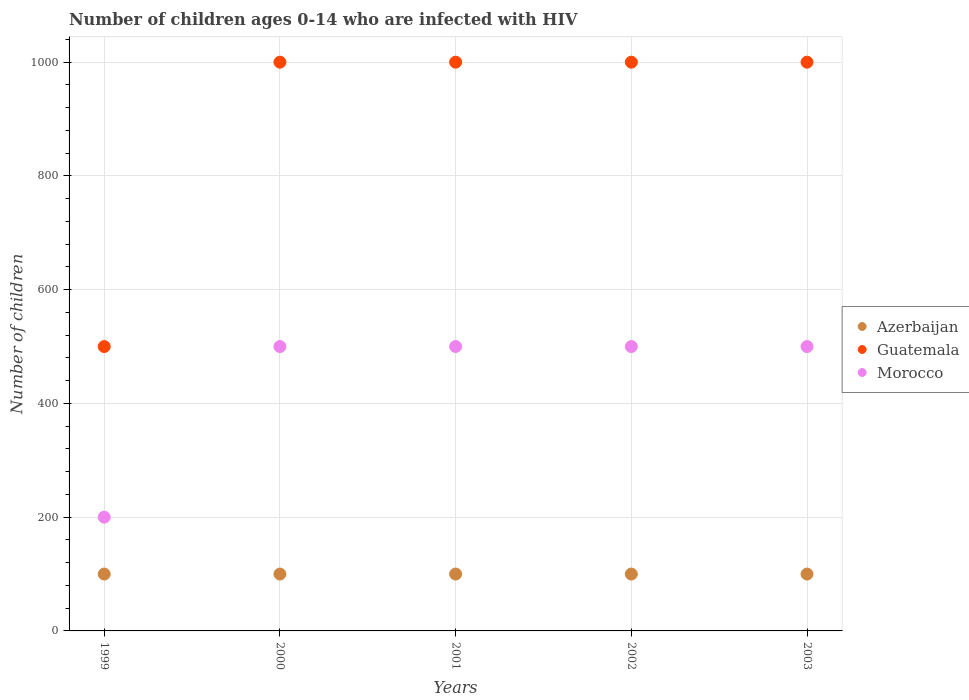
| Years | Azerbaijan | Guatemala | Morocco |
 | --- | --- | --- | --- |
 | 1999 | 100 | 500 | 200 |
 | 2000 | 100 | 1e+03 | 500 |
 | 2001 | 100 | 1e+03 | 500 |
 | 2002 | 100 | 1e+03 | 500 |
 | 2003 | 100 | 1e+03 | 500 |